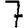
Digit: 7